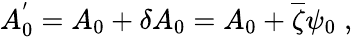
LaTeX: A_{0}^{'}=A_{0}+\delta A_{0}=A_{0}+\overline{{{\zeta}}}\psi_{0}\; ,